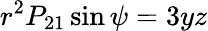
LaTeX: r^{2}P_{21}\sin\psi=3yz